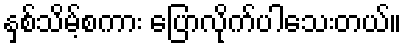
နှစ်သိမ့်စကား ပြောလိုက်ပါသေးတယ်။